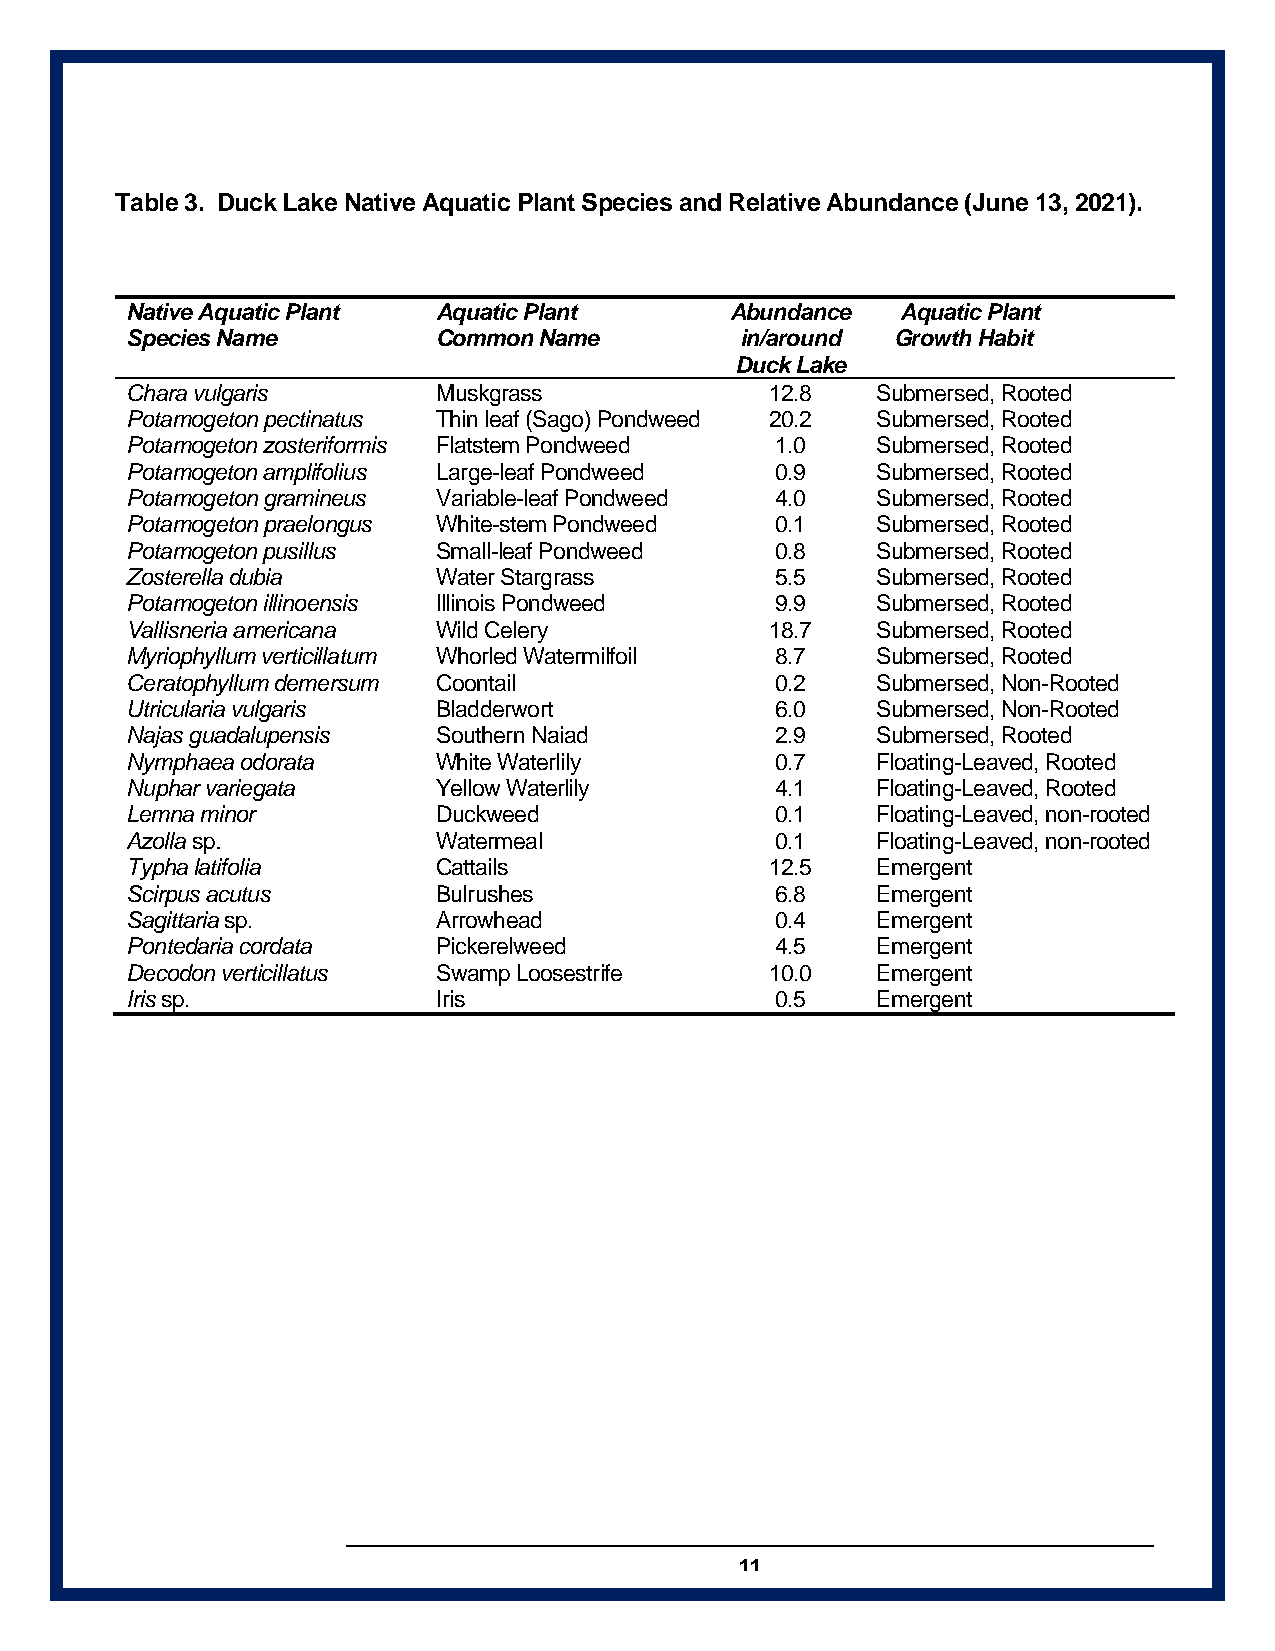
Table 3. Duck Lake Native Aquatic Plant Species and Relative Abundance (June 13, 2021).
 Native Aquatic Plant Aquatic Plant      Abundance   Aquatic Plant
 Species Name         Common Name         in/around Growth Habit
 Duck Lake
 Chara vulgaris       Muskgrass             12.8   Submersed, Rooted
 Potamogeton pectinatus Thin leaf (Sago) Pondweed 20.2 Submersed, Rooted
 Potamogeton zosteriformis Flatstem Pondweed 1.0   Submersed, Rooted
 Potamogeton amplifolius Large-leaf Pondweed 0.9   Submersed, Rooted
 Potamogeton gramineus Variable-leaf Pondweed 4.0  Submersed, Rooted
 Potamogeton praelongus White-stem Pondweed 0.1    Submersed, Rooted
 Potamogeton pusillus Small-leaf Pondweed   0.8    Submersed, Rooted
 Zosterella dubia     Water Stargrass       5.5    Submersed, Rooted
 Potamogeton illinoensis Illinois Pondweed  9.9    Submersed, Rooted
 Vallisneria americana Wild Celery          18.7   Submersed, Rooted
 Myriophyllum verticillatum Whorled Watermilfoil 8.7 Submersed, Rooted
 Ceratophyllum demersum Coontail            0.2    Submersed, Non-Rooted
 Utricularia vulgaris Bladderwort           6.0    Submersed, Non-Rooted
 Najas guadalupensis  Southern Naiad        2.9    Submersed, Rooted
 Nymphaea odorata     White Waterlily       0.7    Floating-Leaved, Rooted
 Nuphar variegata     Yellow Waterlily      4.1    Floating-Leaved, Rooted
 Lemna minor          Duckweed              0.1    Floating-Leaved, non-rooted
 Azolla sp.           Watermeal             0.1    Floating-Leaved, non-rooted
 Typha latifolia      Cattails              12.5   Emergent
 Scirpus acutus       Bulrushes             6.8    Emergent
 Sagittaria sp.       Arrowhead             0.4    Emergent
 Pontedaria cordata   Pickerelweed          4.5    Emergent
 Decodon verticillatus Swamp Loosestrife    10.0   Emergent
 Iris sp.             Iris                  0.5    Emergent
 11